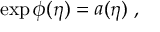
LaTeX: \exp { \phi ( \eta ) } = a ( \eta ) \ ,